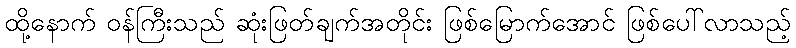
ထို့နောက် ဝန်ကြီးသည် ဆုံးဖြတ်ချက်အတိုင်း ဖြစ်မြောက်အောင် ဖြစ်ပေါ်လာသည့်